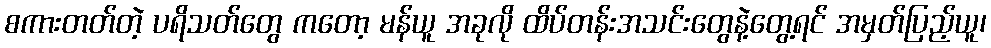
စကားတတ်တဲ့ ပရိသတ်တွေ ကတော့ မန်ယူ အခုလို ထိပ်တန်းအသင်းတွေနဲ့တွေ့ရင် အမှတ်ပြည့်ယူ၊